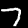
Digit: 7